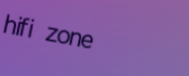
hifi zone